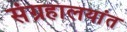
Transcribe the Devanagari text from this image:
संग्रहालयांत